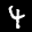
Label: 4